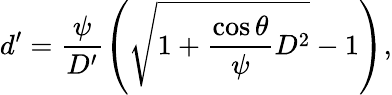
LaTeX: d^{\prime}=\frac{\psi}{D^{\prime}}\left(\sqrt{1+\frac{\cos\theta}{\psi}D^{2}}-1\right),